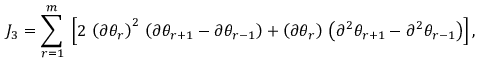
J _ { 3 } = \sum _ { r = 1 } ^ { m } \; \left[ 2 \, \left( \partial \theta _ { r } \right) ^ { 2 } \, \left( \partial \theta _ { r + 1 } - \partial \theta _ { r - 1 } \right) + \left( \partial \theta _ { r } \right) \, \left( \partial ^ { 2 } \theta _ { r + 1 } - \partial ^ { 2 } \theta _ { r - 1 } \right) \right] ,